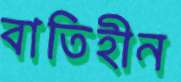
বাতিহীন